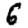
Digit: 6